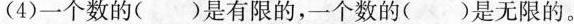
(4)一个数的( )是有限的，一个数的()是无限的。